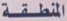
المنطقة